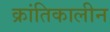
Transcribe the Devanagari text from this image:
क्रांतिकालीन